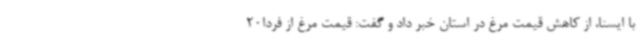
با ایسنا، از کاهش قیمت مرغ در استان خبر داد و گفت: قیمت مرغ از فردا20